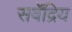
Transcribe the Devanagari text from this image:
सर्वेंद्रिय